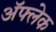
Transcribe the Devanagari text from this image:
अॅफ्लेक